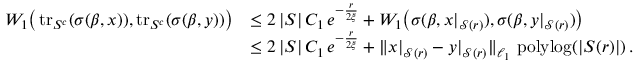
\begin{array} { r l } { W _ { 1 } \big ( \operatorname { t r } _ { S ^ { c } } ( \sigma ( \beta , x ) ) , \operatorname { t r } _ { S ^ { c } } ( \sigma ( \beta , y ) ) \big ) } & { \le 2 \, | S | \, C _ { 1 } \, e ^ { - \frac { r } { 2 \xi } } + W _ { 1 } \big ( \sigma ( \beta , x | _ { \mathcal { S } ( r ) } ) , \sigma ( \beta , y | _ { \mathcal { S } ( r ) } ) \big ) } \\ & { \le 2 \, | S | \, C _ { 1 } \, e ^ { - \frac { r } { 2 \xi } } + \| x | _ { \mathcal { S } ( r ) } - y | _ { \mathcal { S } ( r ) } \| _ { \ell _ { 1 } } \, \operatorname { p o l y l o g } ( | S ( r ) | ) \, . } \end{array}